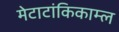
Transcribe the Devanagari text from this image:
मेटाटांकिकाम्ल